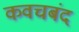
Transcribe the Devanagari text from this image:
कवचबंद